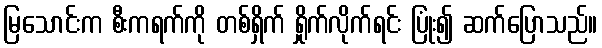
မြသောင်းက စီးကရက်ကို တစ်ရှိက် ရှိုက်လိုက်ရင်း ပြုံး၍ ဆက်ပြောသည်။